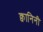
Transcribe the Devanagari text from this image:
क्वानिनी